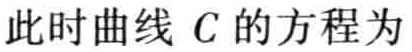
此时曲线 \(C\) 的方程为